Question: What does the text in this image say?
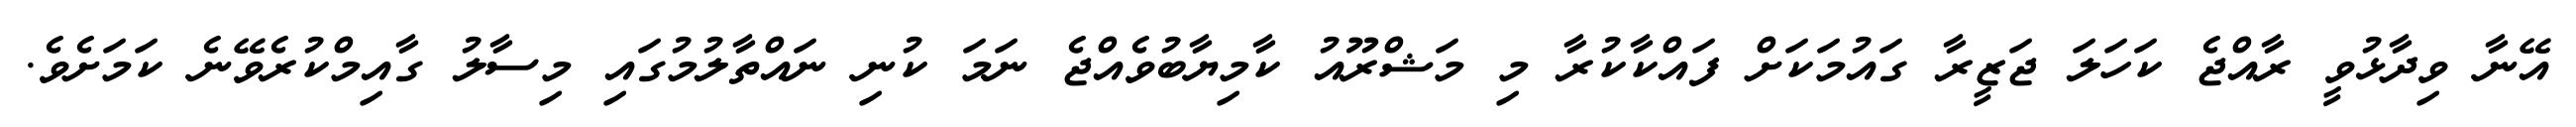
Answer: އޭނާ ވިދާޅުވީ ރާއްޖެ ކަހަލަ ޖަޒީރާ ގައުމަކަށް ފައްކާކުރާ މި މަޝްރޫއު ކާމިޔާބުވެއްޖެ ނަމަ ކުނި ނައްތާލުމުގައި މިސާލު ގާއިމްކުރެވޭނެ ކަމަށެވެ.